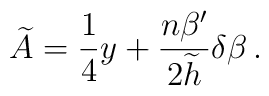
\widetilde{A} = {1\over4}y + {n\beta'\over2\widetilde{h}}\delta\beta \, .